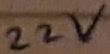
Text: 22V